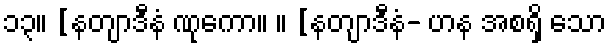
၁၃။ [နတျာဒီနံ ဏုကော။ ။ [နတျာဒီနံ- ဟန အစရှိ သော